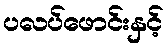
ပလပ်ဖောင်းနှင့်